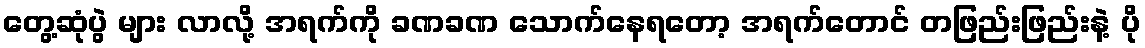
တွေ့ဆုံပွဲ များ လာလို့ အရက်ကို ခဏခဏ သောက်နေရတော့ အရက်တောင် တဖြည်းဖြည်းနဲ့ ပို